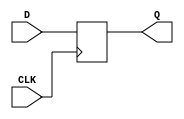
module FFD(CLK, D, Q);

	/*Flipflop simples do tipo D. A entrada  encaminhada para a sada aps um pulso de subida do clock.*/
	
	output reg Q;
	input CLK, D;
	
	always @(posedge CLK) begin
		Q = D;
	end


endmodule